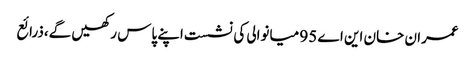
عمران خان این اے 95 میانوالی کی نشست اپنے پاس رکھیں گے،ذرائع